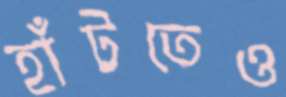
হাঁটতেও